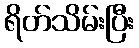
ရိတ်သိမ်းပြီး